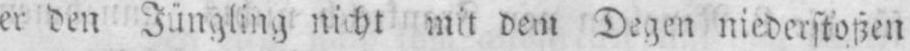
er den Jüngling nicht mit dem Degen niederstoßen